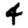
Digit: 4